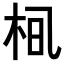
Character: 𪲂